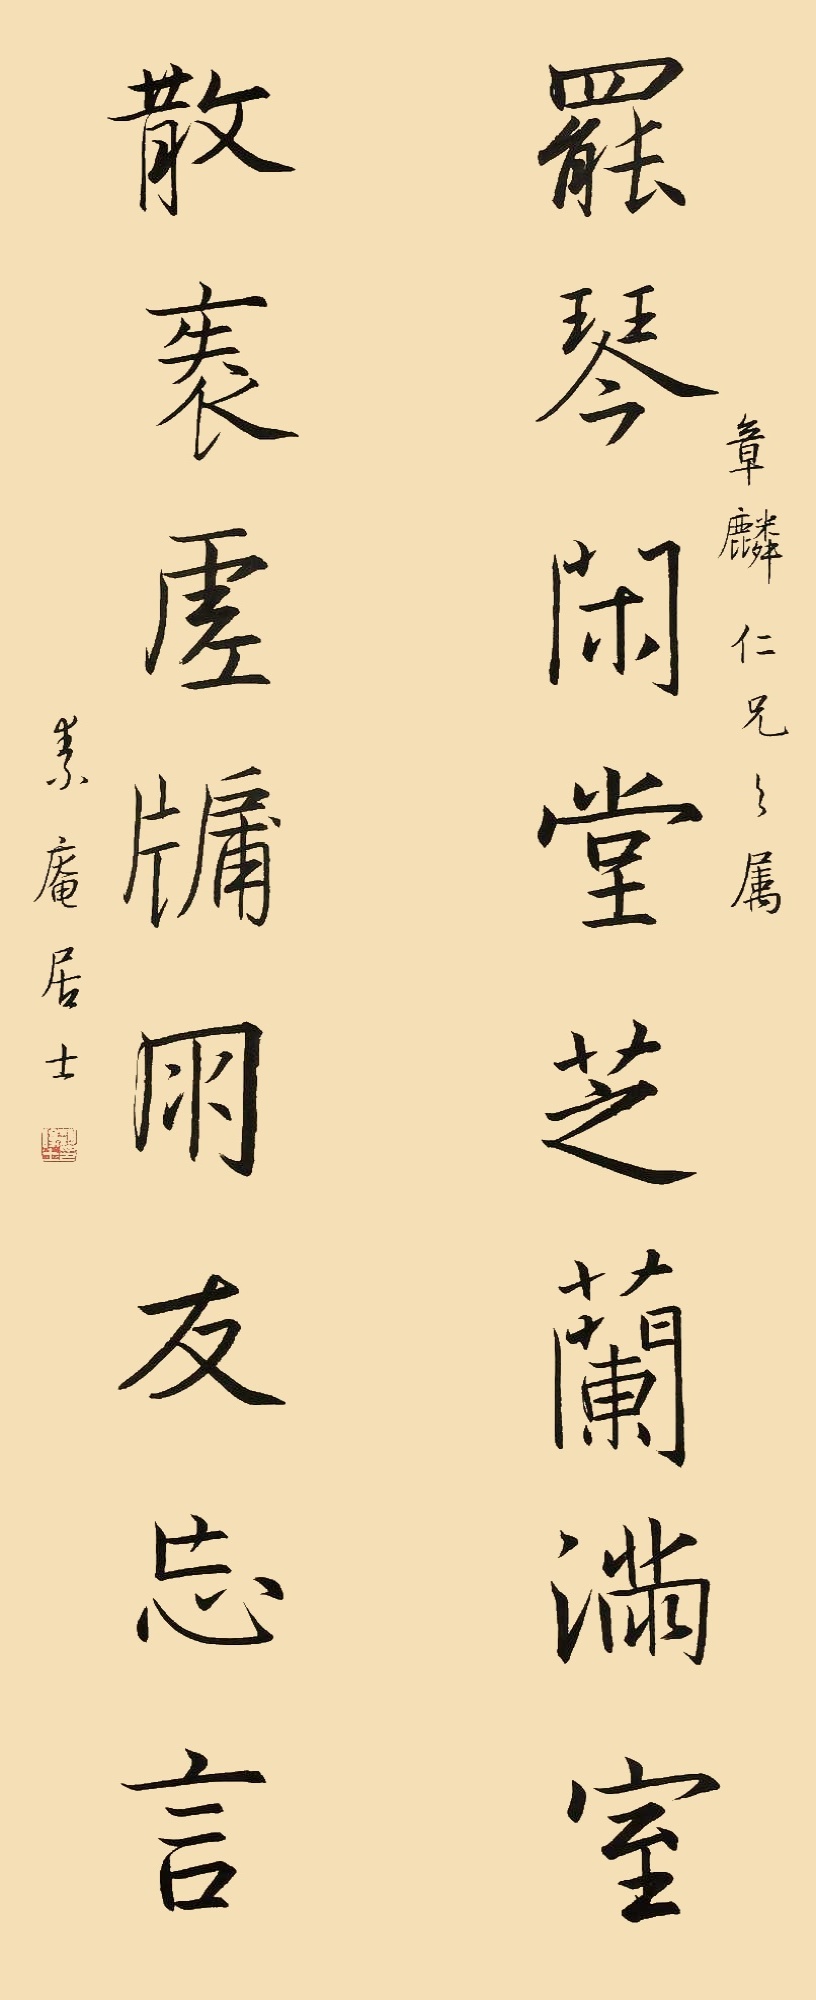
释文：罢琴闲堂芝兰满室,散帙虚牖朋友忘言。章麟仁兄之属，素庵居士